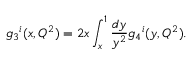
{ g _ { 3 } } ^ { i } ( x , Q ^ { 2 } ) = 2 x \int _ { x } ^ { 1 } \frac { d y } { y ^ { 2 } } { g _ { 4 } } ^ { i } ( y , Q ^ { 2 } ) .